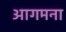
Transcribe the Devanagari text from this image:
आगमना